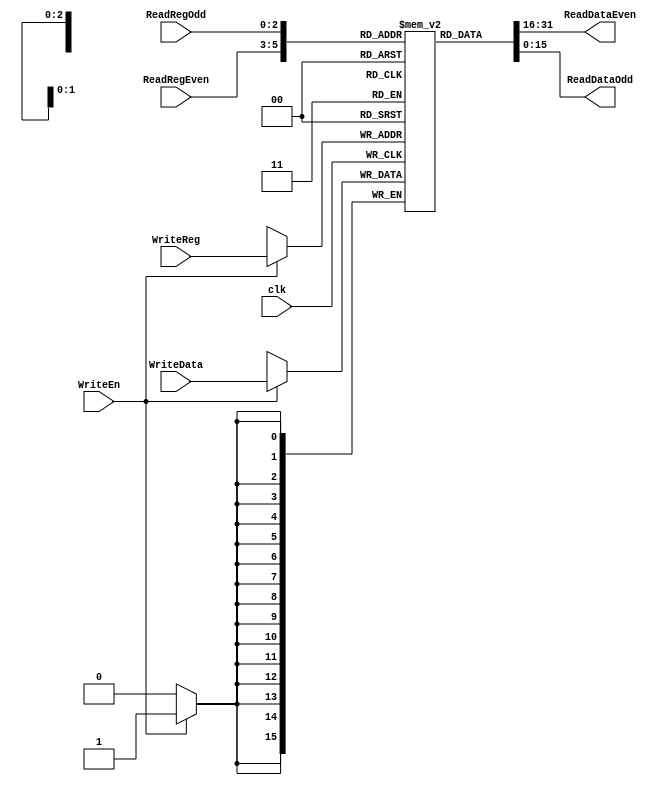
`timescale 1ns / 1ps
//////////////////////////////////////////////////////////////////////////////////
// Company: 
// Engineer: 
// 
// Design Name: 
// Module Name: RegisterFile
// Project Name: 
// Target Devices: 
// Tool Versions: 
// Description: 
// 
// Dependencies: 
// 
// Revision:
// Revision 0.01 - File Created
// Additional Comments:
// 
//////////////////////////////////////////////////////////////////////////////////


module RegisterFile(
    WriteEn, WriteReg, WriteData, ReadRegEven, ReadRegOdd, clk,
    ReadDataEven, ReadDataOdd
);

input clk; //1bit input
input WriteEn; //1bit input
input [2:0] WriteReg; //3bit   
input [15:0] WriteData; //16bit  
input [2:0] ReadRegEven, ReadRegOdd; //    
output [15:0] ReadDataEven, ReadDataOdd; //   

reg [15:0] reg_file [0:7]; //bit width 16, word 8

//ReadRegEven, ReadRegOdd   2 read
assign ReadDataEven = reg_file[ReadRegEven];
assign ReadDataOdd = reg_file[ReadRegOdd];

always @(posedge clk) begin //clk    
    //WriteEn 1 WriteData write
    if(WriteEn) reg_file[WriteReg] <= WriteData;
end

endmodule